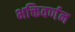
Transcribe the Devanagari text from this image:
भक्तिवर्णन